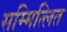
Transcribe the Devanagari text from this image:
सम्मित्लित